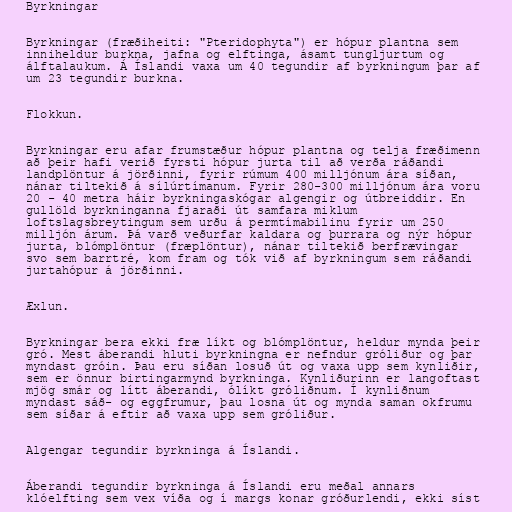
Byrkningar

Byrkningar (fræðiheiti: "Pteridophyta") er hópur plantna sem
inniheldur burkna, jafna og elftinga, ásamt tungljurtum og
álftalaukum. Á Íslandi vaxa um 40 tegundir af byrkningum þar af
um 23 tegundir burkna.

Flokkun.

Byrkningar eru afar frumstæður hópur plantna og telja fræðimenn
að þeir hafi verið fyrsti hópur jurta til að verða ráðandi
landplöntur á jörðinni, fyrir rúmum 400 milljónum ára síðan,
nánar tiltekið á sílúrtímanum. Fyrir 280-300 milljónum ára voru
20 - 40 metra háir byrkningaskógar algengir og útbreiddir. En
gullöld byrkninganna fjaraði út samfara miklum
loftslagsbreytingum sem urðu á permtímabilinu fyrir um 250
milljón árum. Þá varð veðurfar kaldara og þurrara og nýr hópur
jurta, blómplöntur (fræplöntur), nánar tiltekið berfrævingar
svo sem barrtré, kom fram og tók við af byrkningum sem ráðandi
jurtahópur á jörðinni.

Æxlun.

Byrkningar bera ekki fræ líkt og blómplöntur, heldur mynda þeir
gró. Mest áberandi hluti byrkningna er nefndur gróliður og þar
myndast gróin. Þau eru síðan losuð út og vaxa upp sem kynliðir,
sem er önnur birtingarmynd byrkninga. Kynliðurinn er langoftast
mjög smár og lítt áberandi, ólíkt gróliðnum. Í kynliðnum
myndast sáð- og eggfrumur, þau losna út og mynda saman okfrumu
sem síðar á eftir að vaxa upp sem gróliður.

Algengar tegundir byrkninga á Íslandi.

Áberandi tegundir byrkninga á Íslandi eru meðal annars
klóelfting sem vex víða og í margs konar gróðurlendi, ekki síst